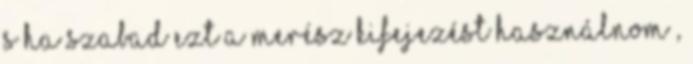
s ha szabad ezt a merész kifejezést használnom ,